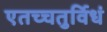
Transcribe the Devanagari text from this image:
एतच्चतुर्विधं